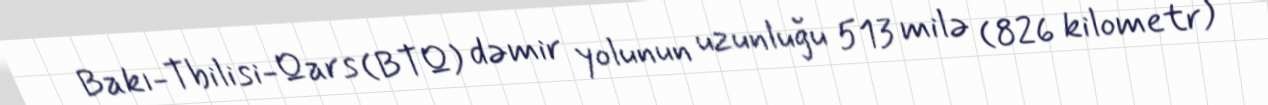
Bakı-Tbilisi-Qars (BTQ) dəmir yolunun uzunluğu 513 milə (826 kilometr)